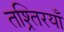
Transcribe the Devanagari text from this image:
तश्र्तिरयाँ